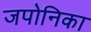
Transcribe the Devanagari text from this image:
जपोनिका